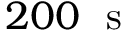
2 0 0 \ \mathrm { ~ s ~ }